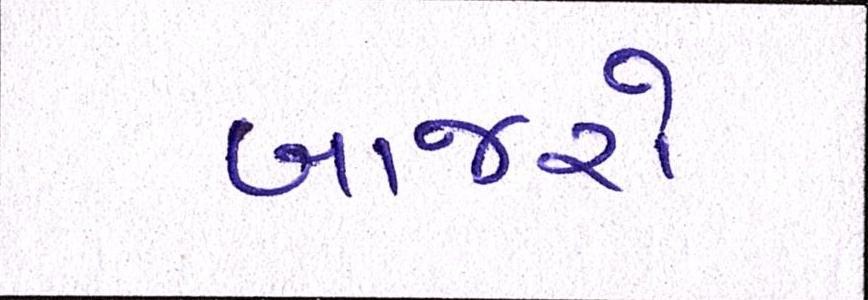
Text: બાજરો